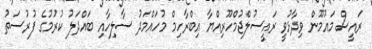
ރައީސް މައުމޫން ވިދާޅުވީ ރައީސުލްޖުމްހޫރިއްޔާ އިބްރާހިމް މުހައްމަދު ސާލިހާއި ބައްދަލު ކުރުމުގެ ފުރުސަތު